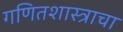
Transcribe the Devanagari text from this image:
गणितशास्त्राचा